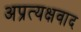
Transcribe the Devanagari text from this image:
अप्रत्यक्षवाद